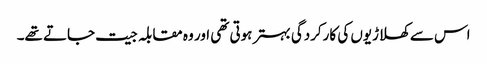
اس سے کھلاڑیوں کی کارکردگی بہتر ہوتی تھی اور وہ مقابلہ جیت جاتے تھے۔